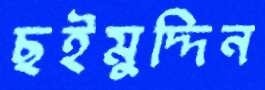
ছইমুদ্দিন